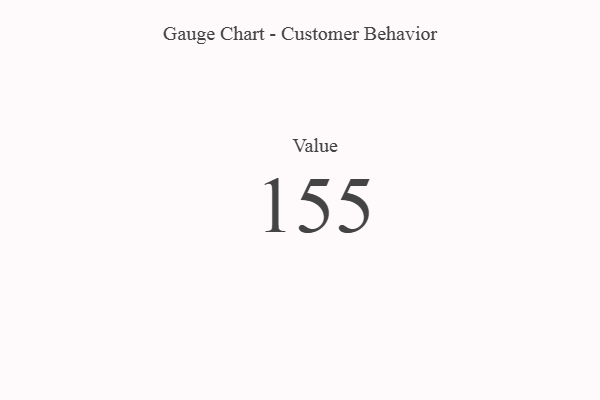
{"axis": {"x": "Metric", "y": "Value"}, "legend": [""], "data": [{"x": "Value", "y": 155, "type": ""}]}